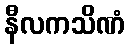
နီလကသိဏံ